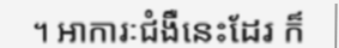
។ អាការៈជំងឺនេះដែរ ក៏